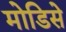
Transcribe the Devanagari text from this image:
मोडिसे